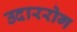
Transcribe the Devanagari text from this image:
उदाररोग